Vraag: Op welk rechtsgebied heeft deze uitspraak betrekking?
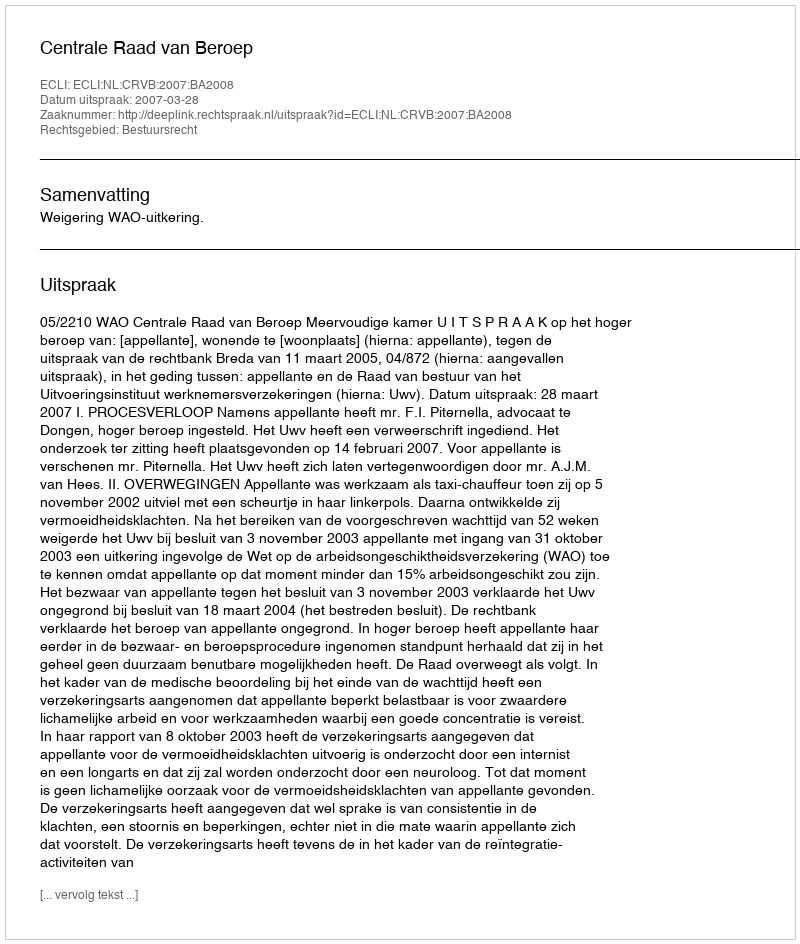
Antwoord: Bestuursrecht